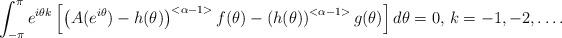
LaTeX: \begin{align*} \int_{-\pi}^{\pi} e^{i\theta k} \left[\left( A(e^{i\theta}) - {h}(\theta) \right)^{<\alpha - 1>}f(\theta) - \left({h}(\theta) \right)^{<\alpha - 1>}g(\theta)\right] d\theta = 0, \, k = -1, -2, \dots. \end{align*}